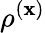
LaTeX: \rho^{(\mathbf{x})}